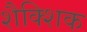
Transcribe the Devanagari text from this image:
शैक्शिक